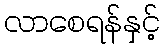
လာစေရန်နှင့်